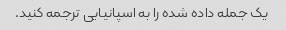
یک جمله داده شده را به اسپانیایی ترجمه کنید.